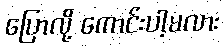
ပြောလို့ ကောင်းပါ့မလား